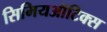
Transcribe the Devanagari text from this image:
सिमियऑटिक्स